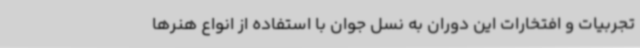
تجربیات و افتخارات این دوران به نسل جوان با استفاده از انواع هنرها